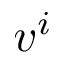
v ^ { i }